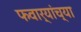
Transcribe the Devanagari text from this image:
फवार्‍यांच्या